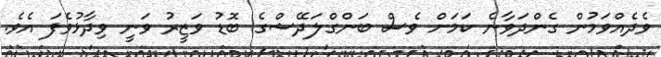
ވެދެއްވަމުން ގެންދަވާނެ ކަމަށް ވެސް ބަންގްލަދޭޝްގެ ބޮޑު ވަޒީރު ވަނީ ވިދާޅުވެފަ އެވެ.